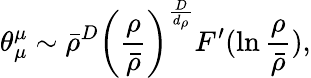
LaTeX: \theta_{\mu}^{\mu}\sim\bar{\rho}^{D}\left(\frac{\rho}{\bar{\rho}}\right)^{\frac{D}{d_{\rho}}}F^{\prime}(\ln\frac{\rho}{\bar{\rho}}),